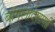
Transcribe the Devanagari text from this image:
बांगलादेशाशी